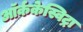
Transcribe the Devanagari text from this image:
ऑर्ककेस्विट्रा